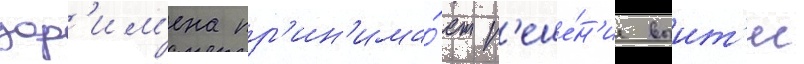
дор'им'ена пр'ин'има́ет р'еше́н'ие выит'и